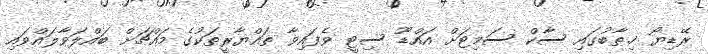
ރޭޑިޔޯ ޚިޠާބުގައި ސާކް ސަމިޓަށް އައްޑޫ ސިޓީ ވެފައިވާ ތައްޔާރީތަކުގެ މައްޗަށް ބައްލަވާލައްވައި